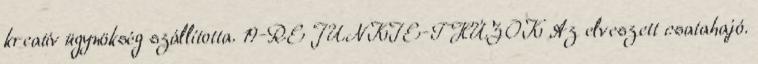
kreatív ügynökség szállította. 19-RE JUNKIE-T HÚZOK Az elveszett csatahajó.